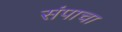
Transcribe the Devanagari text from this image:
संपाचा